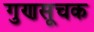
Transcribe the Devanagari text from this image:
गुणसूचक